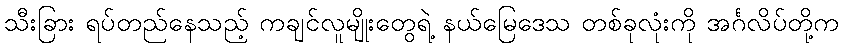
သီးခြား ရပ်တည်နေသည့် ကချင်လူမျိုးတွေရဲ့ နယ်မြေဒေသ တစ်ခုလုံးကို အင်္ဂလိပ်တို့က